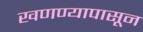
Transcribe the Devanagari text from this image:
खणण्यापासून